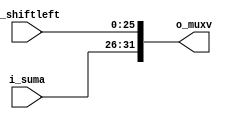
`timescale 1ns/1ps

module union_j(
	input [25:0] i_shiftleft,
	input [31:26] i_suma,
	output reg [31:0] o_muxv
);

always@(*)
begin
	o_muxv = {i_suma, i_shiftleft};
end

endmodule